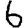
Digit: 6